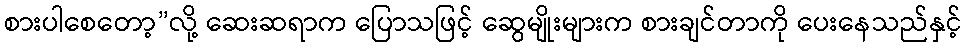
စားပါစေတော့”လို့ ဆေးဆရာက ပြောသဖြင့် ဆွေမျိုးများက စားချင်တာကို ပေးနေသည်နှင့်